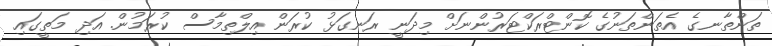
ތަންތާނގެ އެތަންތަނުގެ ކޮންޓްރަކްޓަރުންނަށް މިދަނީ ރަނގަޅު ކުރަން އިލްތިމާސް ކުރަމުން. އަދި މަތީގައި